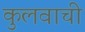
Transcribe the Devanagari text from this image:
कुलवाची